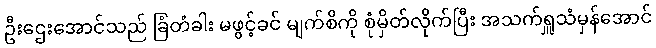
ဦးဌေးအောင်သည် ခြံတံခါး မဖွင့်ခင် မျက်စိကို စုံမှိတ်လိုက်ပြီး အသက်ရှူသံမှန်အောင်